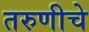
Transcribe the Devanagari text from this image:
तरुणीचे